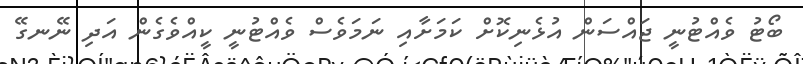
ބޯޓު ވެއްޓުނީ ޖައްސަން އުޅެނިކޮށް ކަމަށާއި ނަމަވެސް ވެއްޓުނީ ކީއްވެގެން އަދި ނޭނގޭ